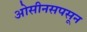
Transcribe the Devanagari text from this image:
ओसीनसपसून